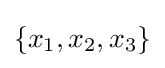
\{x_{1},x_{2},x_{3}\}